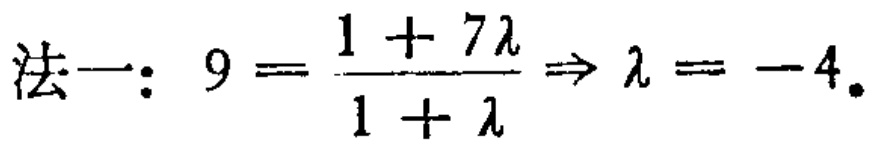
法一：$9 = \frac{1 + 7\lambda}{1 + \lambda} \Rightarrow \lambda = - 4$。